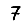
Digit: 7